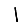
Digit: 1